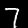
Digit: 7